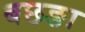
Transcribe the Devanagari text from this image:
बछङा